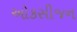
ઓકસીજન